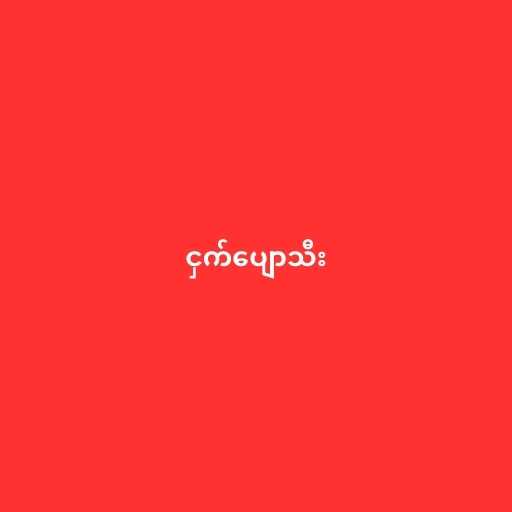
ငှက်ပျောသီး